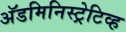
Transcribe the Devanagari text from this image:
अॅडमिनिस्ट्रेटिव्ह